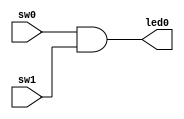
module kadai22_1(sw0, sw1, led0);
    input sw0, sw1;
    output led0;
    assign led0 = sw0 & sw1;
endmodule